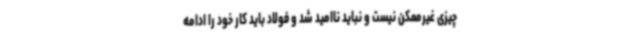
چیزی غیرممکن نیست و نباید ناامید شد و فولاد باید کار خود را ادامه